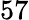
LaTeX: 57